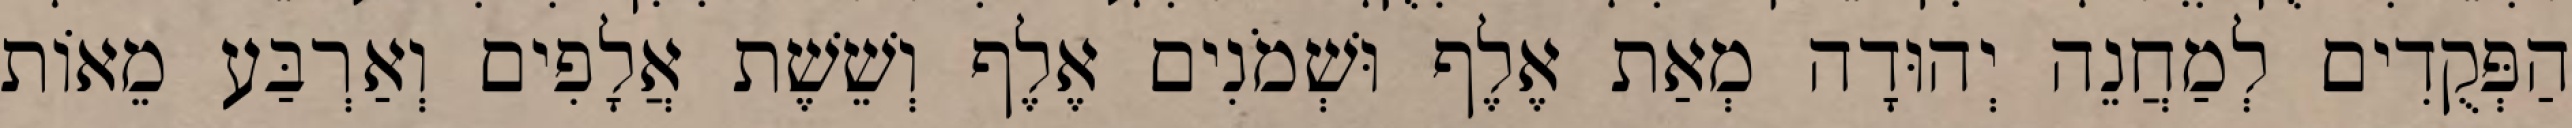
הַפְּקֻדִים לְמַחֲנֵה יְהוּדָה מְאַת אֶלֶף וּשְׁמֹנִים אֶלֶף וְשֵׁשֶׁת אֲלָפִים וְאַרְבַּע מֵאוֹת